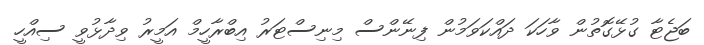
ބަޖެޓާ ގުޅޭގޮތުން ވާހަކަ ދައްކަވަމުން ފިނޭންސް މިނިސްޓަރު އިބްރާހީމް އަމީރު ވިދާޅުވީ ސިއްހީ